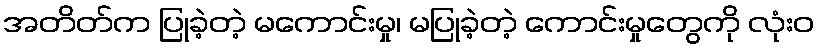
အတိတ်က ပြုခဲ့တဲ့ မကောင်းမှု၊ မပြုခဲ့တဲ့ ကောင်းမှုတွေကို လုံးဝ